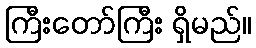
ကြီးတော်ကြီး ရှိမည်။